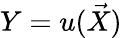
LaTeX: Y=u({\vec{X}})